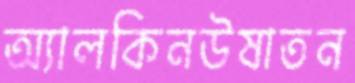
অ্যালকিনউষাতন